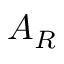
A _ { R }